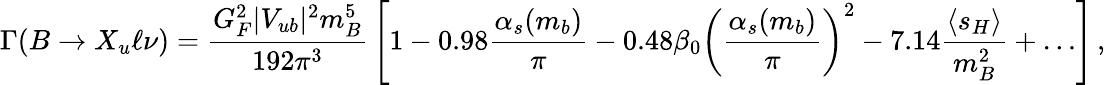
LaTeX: \Gamma(B\to X_{u}\ell\nu)={\frac{G_{F}^{2}|V_{ub}|^{2}m_{B}^{5}}{192\pi^{3}}}\left[1-0.98{\frac{\alpha_{s}(m_{b})}{\pi}}-0.48\beta_{0}\left({\frac{\alpha_{s}(m_{b})}{\pi}}\right)^{2}-7.14{\frac{\langle s_{H}\rangle}{m_{B}^{2}}}+\dots\right]\, ,